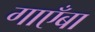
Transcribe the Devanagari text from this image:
गाएँबा